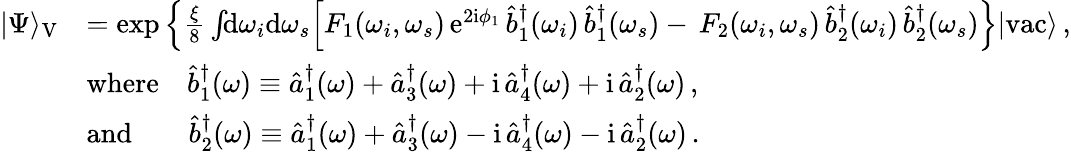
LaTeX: \begin{array}{rl}{|\Psi\rangle_{\mathrm{V}}}&{=\exp\Big\{ \frac{\xi}{8}\int\! \! \mathrm{d}\omega_{i}\mathrm{d}\omega_{s}\Big[F_{1}(\omega_{i},\omega_{s})\, \mathrm{e}^{2\mathrm{i}\phi_{1}}\, \hat{b}_{1}^{\dagger}(\omega_{i})\, \hat{b}_{1}^{\dagger}(\omega_{s})-\, F_{2}(\omega_{i},\omega_{s})\, \hat{b}_{2}^{\dagger}(\omega_{i})\, \hat{b}_{2}^{\dagger}(\omega_{s})\Big\} |\mathrm{vac}\rangle\, ,}\\ &{\mathrm{where}\quad\hat{b}_{1}^{\dagger}(\omega)\equiv\hat{a}_{1}^{\dagger}(\omega)+\hat{a}_{3}^{\dagger}(\omega)+\mathrm{i}\, \hat{a}_{4}^{\dagger}(\omega)+\mathrm{i}\, \hat{a}_{2}^{\dagger}(\omega)\, ,}\\ &{\mathrm{and}\quad\quad\hat{b}_{2}^{\dagger}(\omega)\equiv\hat{a}_{1}^{\dagger}(\omega)+\hat{a}_{3}^{\dagger}(\omega)-\mathrm{i}\, \hat{a}_{4}^{\dagger}(\omega)-\mathrm{i}\, \hat{a}_{2}^{\dagger}(\omega)\, .}\end{array}